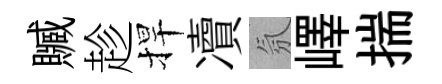
贓趁捍凟氛嶧揣